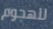
للهجوم